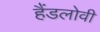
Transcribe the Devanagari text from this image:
हैंडलोवी